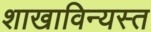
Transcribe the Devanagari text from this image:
शाखाविन्यस्त